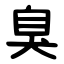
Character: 臭